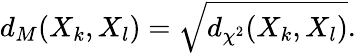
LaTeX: d_{M}(X_{k},X_{l})=\sqrt{d_{\chi^{2}}(X_{k},X_{l})}.